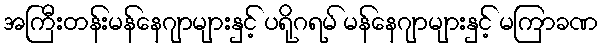
အကြီးတန်းမန်နေဂျာများနှင့် ပရိုဂရမ် မန်နေဂျာများနှင့် မကြာခဏ